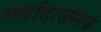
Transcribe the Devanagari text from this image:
मर्यादासम्पन्न